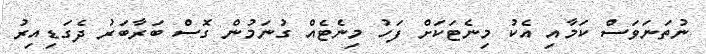
ނުތަނަވަސް ކަމާއި އެކު މިނެޓަކަށް ފަހު މިނެޓެއް ގުނަމުން ގޮސް ބަރާބަރު ދެގަޑިއިރު